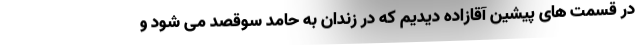
در قسمت های پیشین آقازاده دیدیم که در زندان به حامد سوقصد می شود و